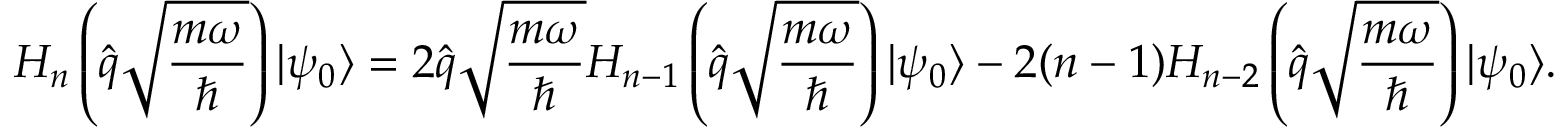
H _ { n } \left( \hat { q } \sqrt { \frac { m \omega } { \hbar } } \right) | \psi _ { 0 } \rangle = 2 \hat { q } \sqrt { \frac { m \omega } { \hbar } } H _ { n - 1 } \left( \hat { q } \sqrt { \frac { m \omega } { \hbar } } \right) | \psi _ { 0 } \rangle - 2 ( n - 1 ) H _ { n - 2 } \left( \hat { q } \sqrt { \frac { m \omega } { \hbar } } \right) | \psi _ { 0 } \rangle .